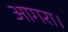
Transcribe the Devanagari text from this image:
आगरा।